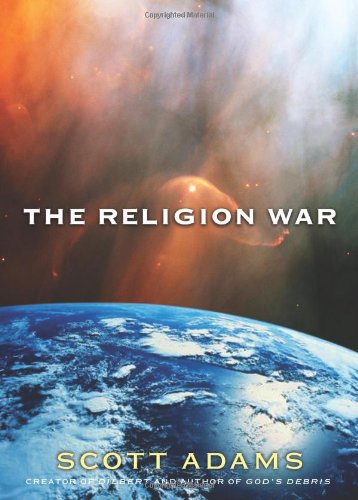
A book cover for The Religion War; Scott Adams; Christian Books & Bibles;